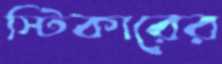
স্টিকারের